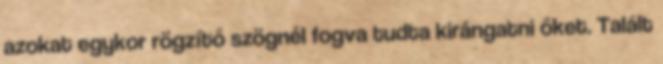
azokat egykor rögzítő szögnél fogva tudta kirángatni őket. Talált